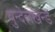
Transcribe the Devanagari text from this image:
बुन्देलखन्ड